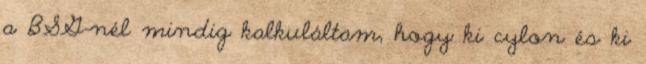
a BSG-nél mindig kalkuláltam, hogy ki cylon és ki